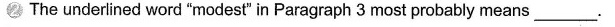
2 The underined word "modest" in Paragraph 3 most probably means ___.